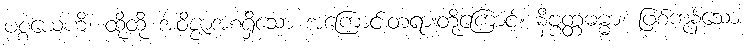
ပစ္စယေဟိ၊ ထိုထို အဝိဇ္ဇာအစရှိသော အကြောင်းတရားတို့ကြောင့်။ နိဗ္ဗတ္တဓမ္မာ၊ ဖြစ်ကုန်သော